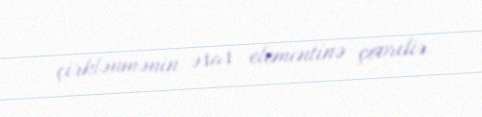
çirklənmənin əsas elementinə çevrilir.